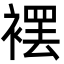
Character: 䙓